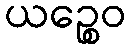
ယဉ္စေဝ